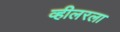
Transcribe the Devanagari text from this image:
व्हीलरला